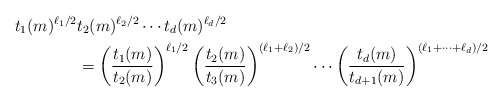
\begin{align*} t_1(m)^{\ell_1/2} &t_2(m)^{\ell_2/2} \dotsm t_d(m)^{\ell_d/2} \\&= \left( \frac{t_1(m)}{t_2(m)} \right)^{\ell_1/2} \left( \frac{t_2(m)}{t_3(m)} \right)^{(\ell_1 + \ell_2)/2} \dotsm\left( \frac{t_d(m)}{t_{d+1}(m)} \right)^{(\ell_1 + \dotsb + \ell_d)/2}\end{align*}